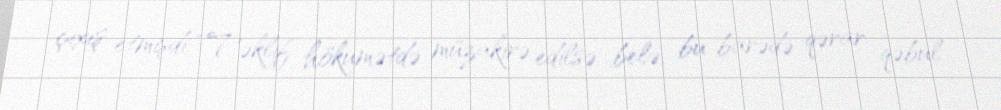
çıxış etmişdi: “Təklif hökumətdə müzakirə edilsə belə, bu barədə qərar qəbul